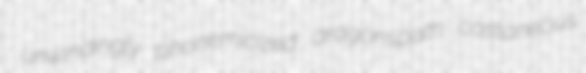
unwindingly phonemicized aragonspath castaneous